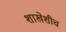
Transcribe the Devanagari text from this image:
शाखेशीच